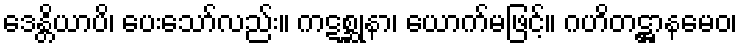
ဒေန္တိယာပိ၊ ပေးသော်လည်း။ ကဋစ္ဆုနာ၊ ယောက်မဖြင့်။ ဂဟိတဋ္ဌာနမေဝ၊